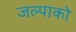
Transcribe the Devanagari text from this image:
जल्पाको